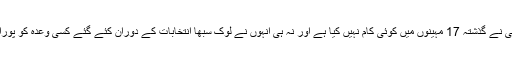
بی جے پی نے گذشتہ 17 مہینوں میں کوئی کام نہیں کیا ہے اور نہ ہی انہوں نے لوک سبھا انتخابات کے دوران کئے گئے کسی وعدہ کو پورا کیا ہے ۔